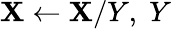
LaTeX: \mathbf{X}\leftarrow\mathbf{X}/Y,\; Y